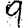
Digit: 9